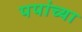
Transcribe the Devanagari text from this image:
पपांच्या